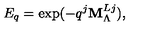
E _ { q } = \exp ( - q ^ { j } { \bf M } _ { \Lambda } ^ { L j } ) ,